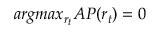
a r g m a x _ { r _ { t } } A P ( r _ { t } ) = 0